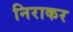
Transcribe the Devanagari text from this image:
निराकर